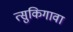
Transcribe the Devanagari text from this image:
त्सुकिगावा